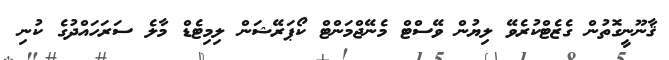
ޤާނޫނީގޮތުން ގެޒެޓްކުރެވޭ ލިޔުން ވޭސްޓް މެނޭޖްމަންޓް ކޯޕަރޭޝަން ލިމިޓެޑް މާލެ ސަރަހައްދުގެ ކުނި